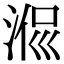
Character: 𣶜